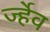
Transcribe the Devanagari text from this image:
र्ज्हेव